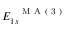
E _ { 1 s } ^ { \mathrm { ~ \textbf ~ { ~ M ~ A ~ ( ~ 3 ~ ) ~ } ~ } }